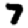
Digit: 7